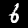
Digit: 6